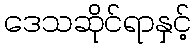
ဒေသဆိုင်ရာနှင့်